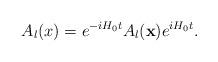
LaTeX: \begin{align*}A_l(x) = e^{-iH_0t}A_l({\bf x})e^{iH_0t}.\end{align*}